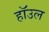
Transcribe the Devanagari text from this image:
हाॅउल